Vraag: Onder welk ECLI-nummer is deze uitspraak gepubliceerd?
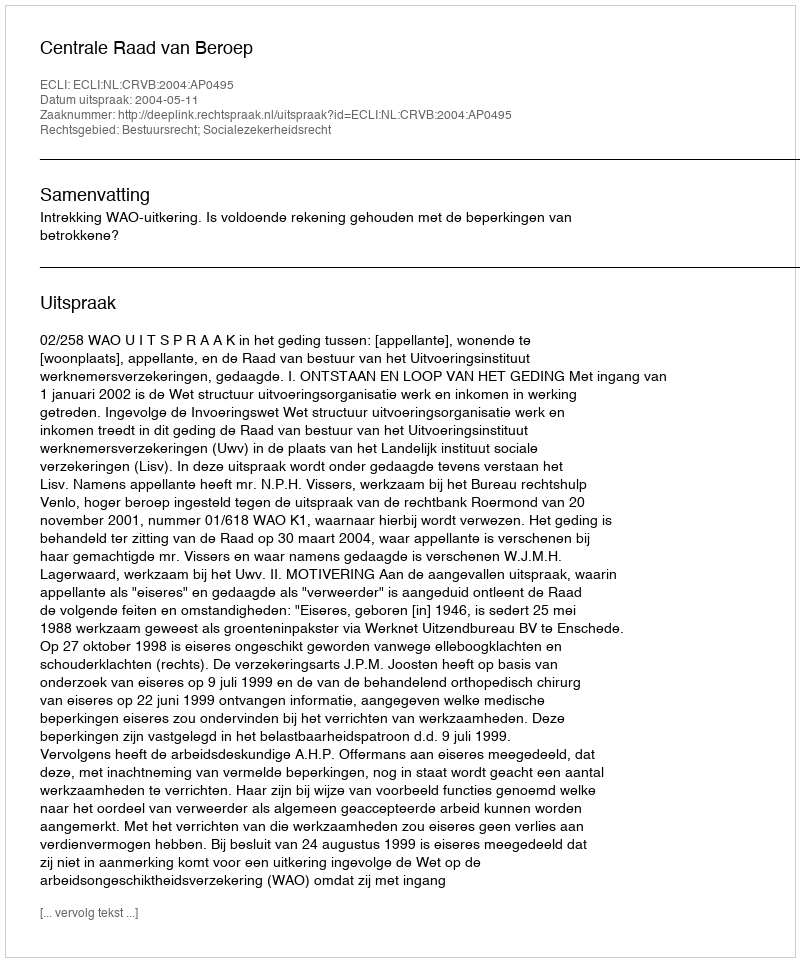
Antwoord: ECLI:NL:CRVB:2004:AP0495